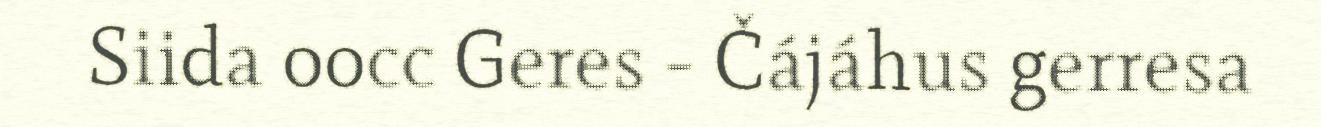
Siida oocc Geres - Čájáhus gerresa